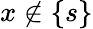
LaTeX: x\notin\{ s\}